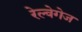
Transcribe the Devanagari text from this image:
रेल्वेगेज